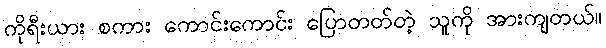
ကိုရီးယား စကား ကောင်းကောင်း ပြောတတ်တဲ့ သူကို အားကျတယ်။